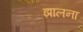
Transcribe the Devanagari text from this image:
झालना